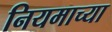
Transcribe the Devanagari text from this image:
नियमाच्या